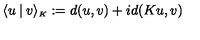
\langle u \mathbin | v \rangle _ { \scriptscriptstyle K } : = d ( u , v ) + i d ( K u , v )